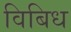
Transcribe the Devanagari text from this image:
विबिध